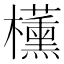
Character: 𬅑